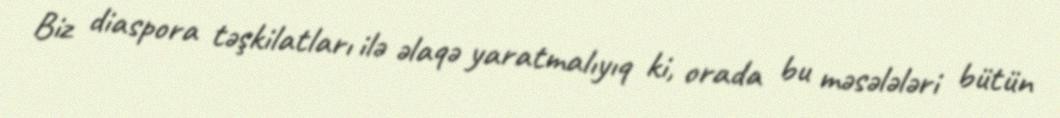
Biz diaspora təşkilatları ilə əlaqə yaratmalıyıq ki, orada bu məsələləri bütün